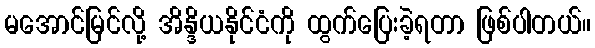
မအောင်မြင်လို့ အိန္ဒိယနိုင်ငံကို ထွက်ပြေးခဲ့ရတာ ဖြစ်ပါတယ်။